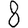
Digit: 8